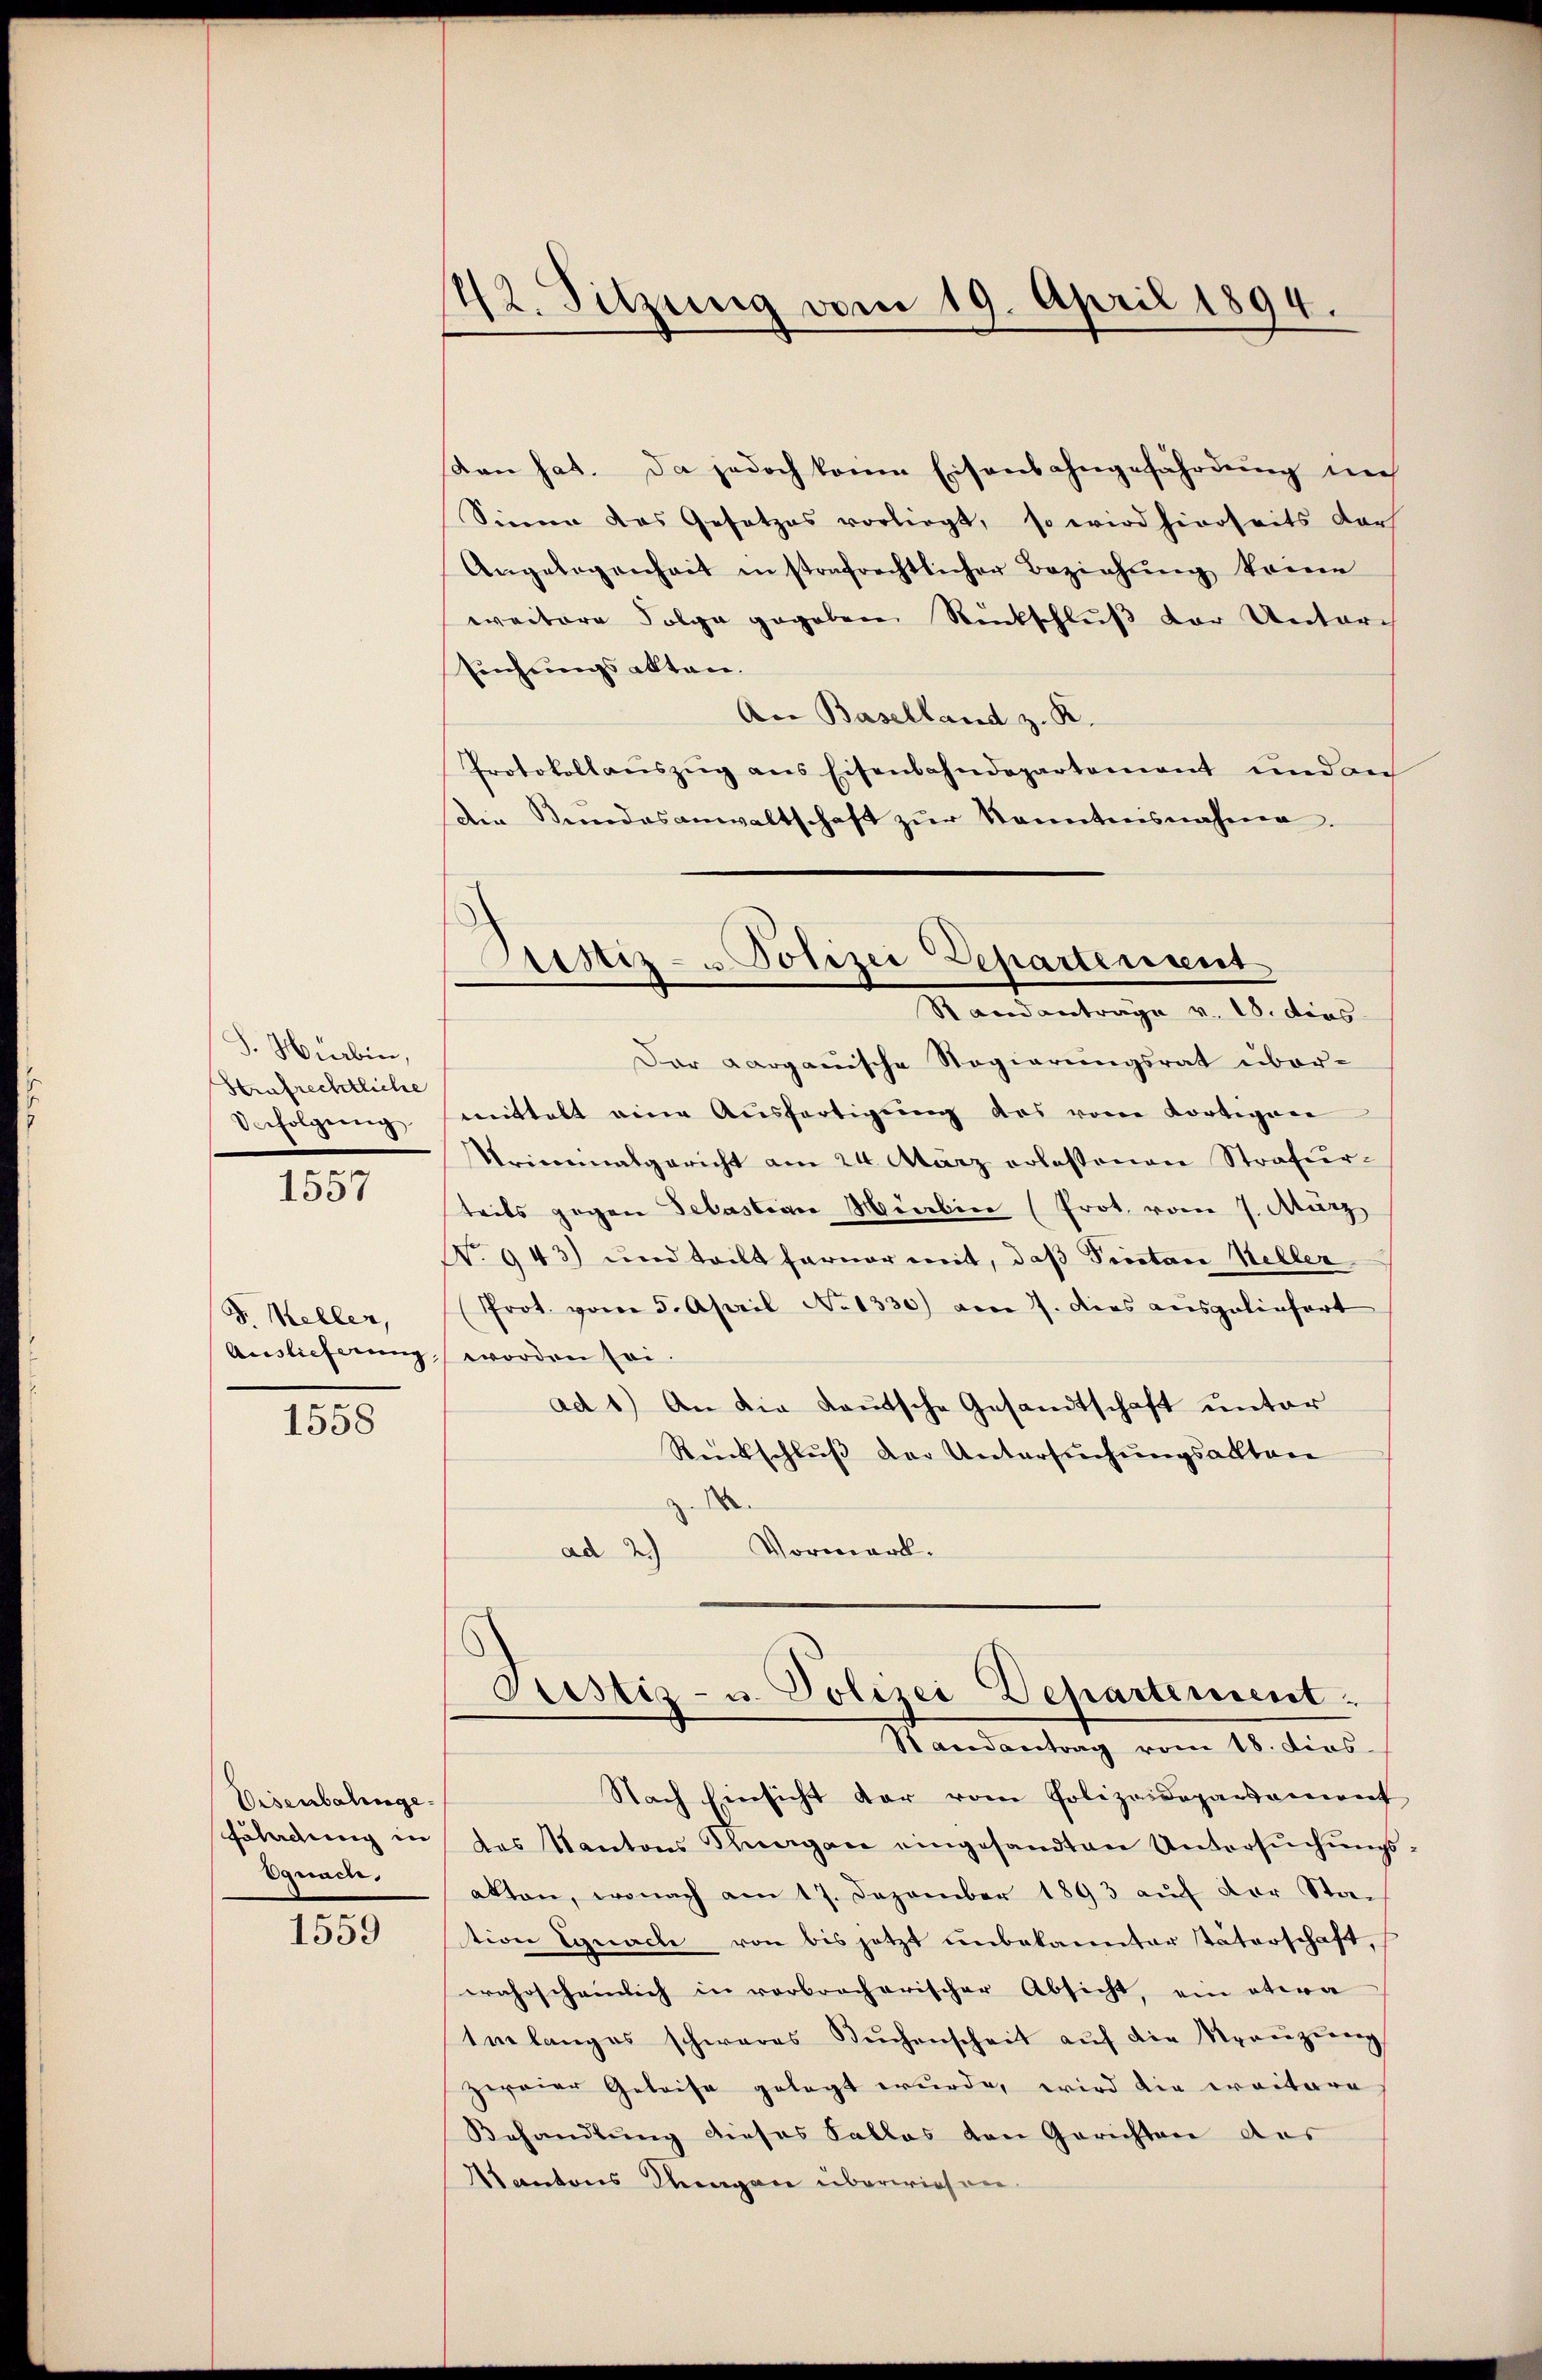
S. Hürbin,
Strafrechtliche
Verfolgung

1557

J. Keller,

1558

Eisenbalinge¬
Egnach.

1559

42. Sitzung vom 19. April 1894.

tan hat. Da jedoch kann Eisenbahngefährdung in
Sinne das Gesetzes vorliegt, so wird hierseits dars
Angelegenheit in strafrechtlicher Beziehŭng keine
weitere Folge gegeben Rückschluß der Unterch
Eichungsakten.
An Baselland z. R.
Protokollaŭszŭg ans Eisenbahndepartement und auf
Die Stundesanwaltschaft zŭr Kenntnisnahme.
Der Aargauische Regierungsrat über-
mittelt eine Ausfertigung des vom Kortigene
Uriminalgericht am 24. März erlassenen Strafurteils gegen Sebastian Mürben (Prot. vom 7. März
N. 943) und teilt ferner mit, daß Prector Weller
Prot. vom 5. April No 1330) am 7. dies ausgeliefert
Auslieferung, worden sei.
ad 1) An die Lautsche Gesandtschaft unter
Reckschluß der Untersuchungsaktere
d
ad 2.) Vormark.
Justiz- u. Polizei Departement.
Randantrag vom 18. dies
Nach Einsicht dar vom Polizeidepartement
Frladung in des Kantons Thurgan eingesandten Untersŭchŭngs-
akten, wonach am 17. Dezember 1893 auf der Stach
tion Egnache von bis jetzt unbekannter Väterschaft,
wahrscheinlich in verbrocherischer Absicht, ein etwa
telanges schwares Buchenscheit auf die Vereizung
zweier Geleise gelegt wurde, wird die weitere
Behandlŭng dieses Falles von Gerichten des
Kantons Klingen überwiesen.

Justiz- u Polizei Departement
Randantrage v. 18. dies